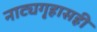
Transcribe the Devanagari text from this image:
नाट्यगृहासही